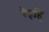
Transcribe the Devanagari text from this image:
पैहहि